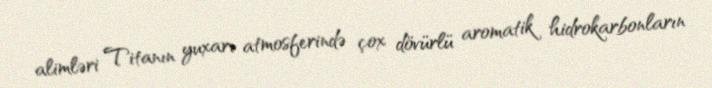
alimləri Titanın yuxarı atmosferində çox dövürlü aromatik hidrokarbonların